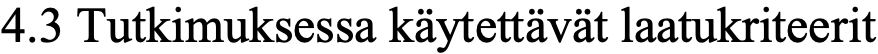
4.3 Tutkimuksessa käytettävät laatukriteerit